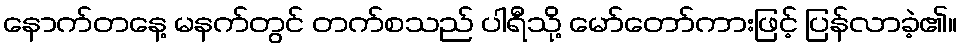
နောက်တနေ့ မနက်တွင် တက်စသည် ပါရီသို့ မော်တော်ကားဖြင့် ပြန်လာခဲ့၏။